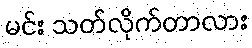
မင်း သတ်လိုက်တာလား